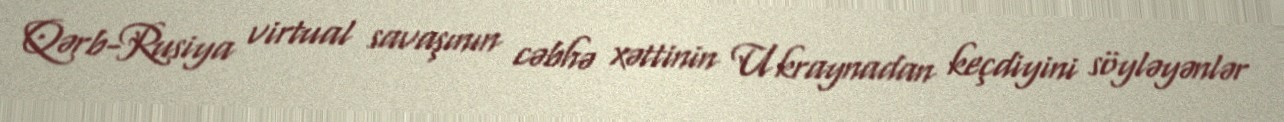
Qərb-Rusiya virtual savaşının cəbhə xəttinin Ukraynadan keçdiyini söyləyənlər